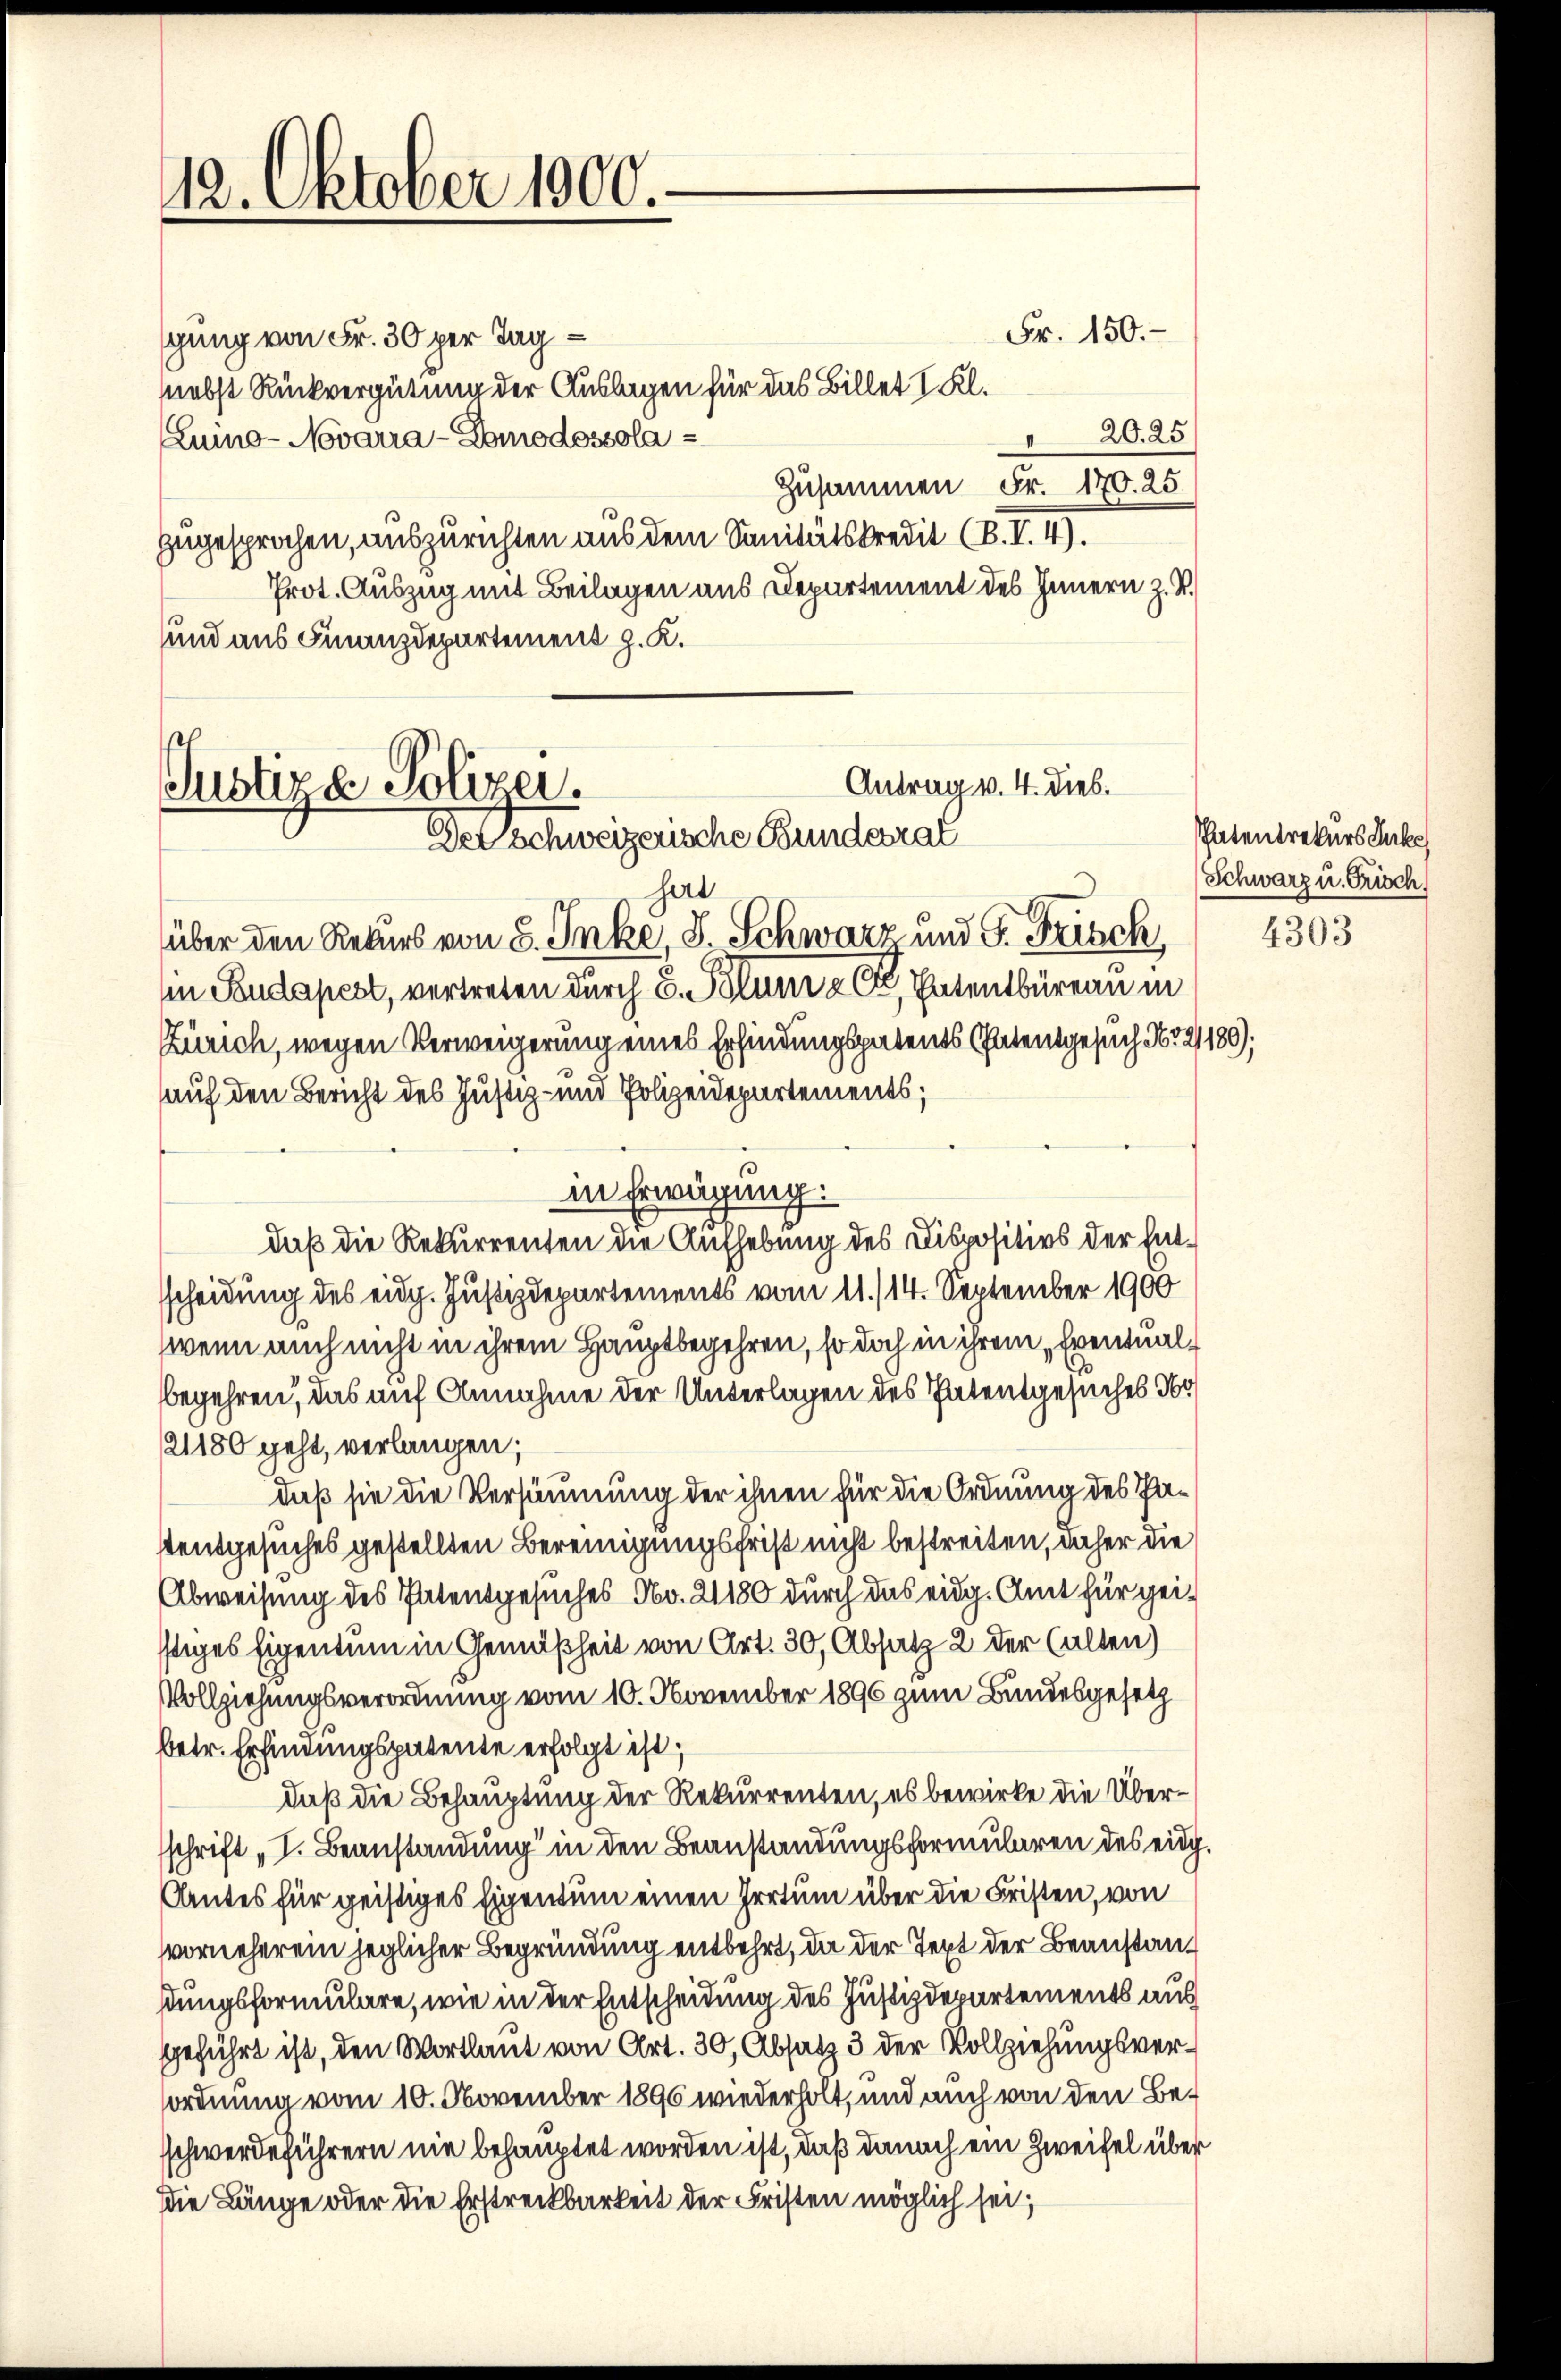
12. Oktober 1800.

Fr. 150.
gung von Fr. 30 per Tag
nebst Rückvergütung der Auslagen für das Billet I. Kl.
20. 25
Lumo- Novarra-Domodossola
—
Zusammen Fr. 170. 25.
zugesprochen, auszurichten aus dem Sanitätskredit (B. I. 4).
Prot. Auszug mit Beilagen aus Departement des Innern z. R.
und aus Finanzdepartement z. K.
hart
über den Rekurs von 8. Inke, S. Schwarz und G. Frisch
in Budapest, vertreten durch C. Plum u. 6, Ententbüreau in
Zürich, wegen Verweigerung eines Erfindungspatents Patentgesuch No 2
auf den Bericht des Justiz- und Polizeidepartements;
in Erwägung.
daß die Rekurrenten die Aufhebung des Dispositivs der Entscheidung des eidg. Justizdepartements vom 11./14. September 1900
wenn auch nicht in ihrem Hauptbegehren, so doch in ihrem „Eventualbegehren, das auf Annahme der Unterlagen des Patentgesuches dr
21180 geht, verlangen;
daß sie die Versäumung der ihnen für die Ordnung des Pad
stentgesuches gestellten Bereinigungsfrist nicht bestreiten, anher die
Abweisung des Patentgesuches No. 21180 durch das eidg. Amt für geistiges Eigentum in Gemäßheit von Art. 30, Absatz 2 der (alten)
Vollziehungsverordnung vom 10. November 1896 zum Bundesgesetz
betr. Erfindungspatente erfolgt ist;
daß die Behauptung der Rekurrenten, es bewirke die Übersschrift „I. Beanstandung in den Beanstandungsformularen des eidg.
Autes für geistiges Eigentum einen Irrtum über die Fristen, von
vorneherein jeglicher Begründung entbehrt, da der Text der Beanstandungsformulare, wie in der Entscheidung des Justizdepartements aus
geführt ist, den Wortlaut von Art. 30, Absatz 3 der Vollziehungsverordnung vom 10. November 1890 wiederholt, und auch von den Beschwerdeführern nie behauptet worden ist, daß danach ein Zweifel über
Die Länge oder die Erstreckbarkeit der Fristen möglich sei,

Antrag v. 4. Dieb.
Justiz & Polizei.
Der Schweizerische Bunderat

hatentrekurs Jako
Schwarz u. Frisch

89),

4303